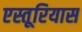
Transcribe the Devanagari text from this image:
एस्तूरियास